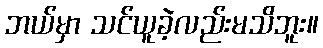
ဘယ်မှာ သင်ယူခဲ့လည်းမသိဘူး။